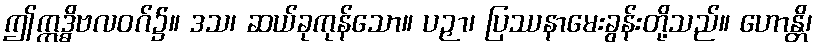
ဤဣဒ္ဓိဗလဝဂ်၌။ ဒသ၊ ဆယ်ခုကုန်သော။ ပဉှာ၊ ပြဿနာမေးခွန်းတို့သည်။ ဟောန္တိ၊